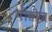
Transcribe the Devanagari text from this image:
पीसीज